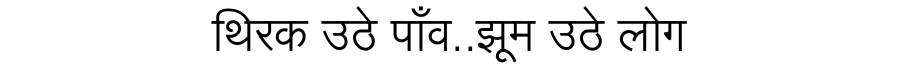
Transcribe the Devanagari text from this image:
थिरक उठे पाँव..झूम उठे लोग